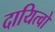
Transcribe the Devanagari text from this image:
दायित्वो